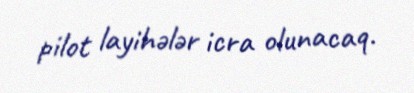
pilot layihələr icra olunacaq.